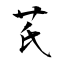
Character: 芪